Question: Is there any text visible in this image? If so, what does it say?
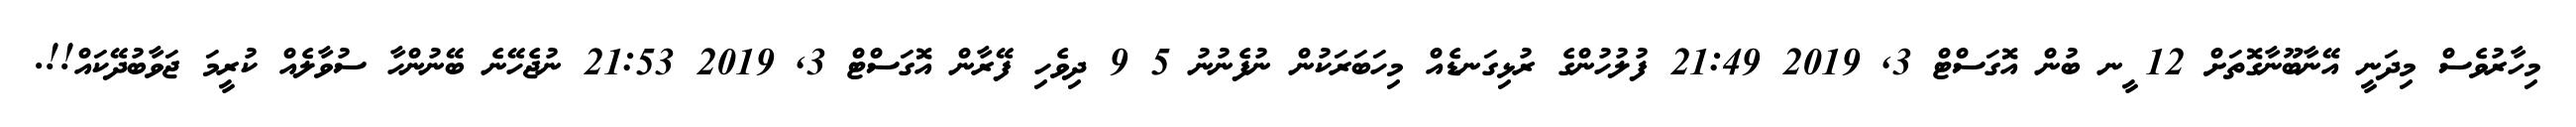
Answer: މިހާރުވެސް މިދަނީ އޭނާބޫނާގޮތަށް 12 ީނ ބުން އޮގަސްޓް 3, 2019 21:49 ފުލުހުންގެ ރުޅިގަނޑެއް މިހަބަރަކުން ނުފެނުނު 5 9 ދިވެހި ފޭރާން އޮގަސްޓް 3, 2019 21:53 ނުޖެހޭނެ ބޭނުންހާ ސުވާލެއް ކުރީމަ ޖަވާބުދޭކައް!!.